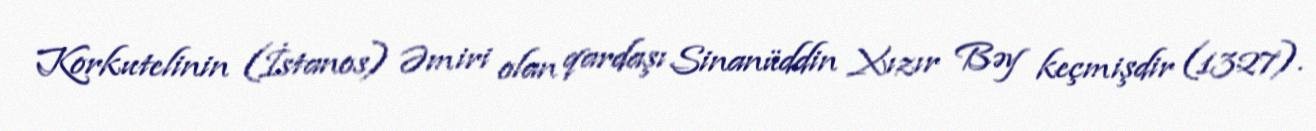
Korkutelinin (İstanos) Əmiri olan qardaşı Sinanüddin Xızır Bəy keçmişdir (1327).